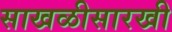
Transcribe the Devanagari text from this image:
साखळीसारखी